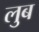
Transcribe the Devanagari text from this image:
लुब